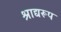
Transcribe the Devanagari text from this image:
श्राद्यरूप